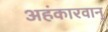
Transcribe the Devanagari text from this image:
अहंकारवान्